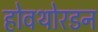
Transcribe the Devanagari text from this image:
होवथोरडन